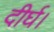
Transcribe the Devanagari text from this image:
दीर्घ।